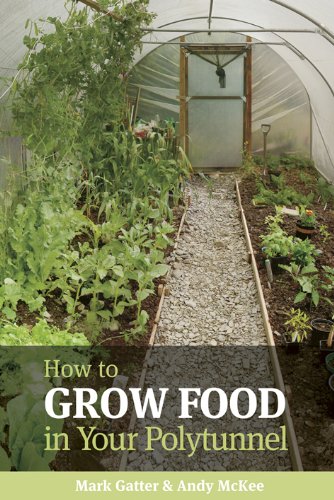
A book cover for How to Grow Food in Your Polytunnel: All Year Round; Mark Gatter; Crafts, Hobbies & Home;